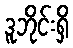
ဒူဘိုင်းရှိ